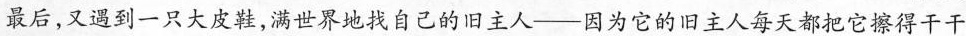
最后，又遇到一只大皮鞋，满世界地找自己的旧主人—— 因为它的旧主人每天都把它擦得干干